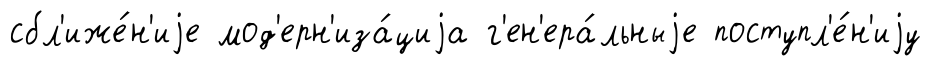
сбл'иже́н'иjе мод'ерн'иза́циjа г'ен'ера́льныjе поступл'е́н'иjу